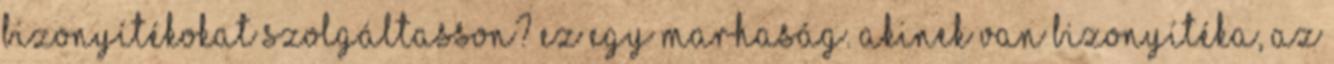
bizonyítékokat szolgáltasson? Ez egy marhaság. Akinek van bizonyítéka, az